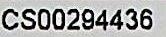
CS00294436